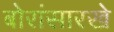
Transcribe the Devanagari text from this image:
बोरांसारखे